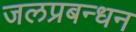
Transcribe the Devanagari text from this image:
जलप्रबन्धन